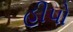
હીપો